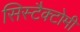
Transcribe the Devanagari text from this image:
सिस्टैक्टोमी